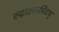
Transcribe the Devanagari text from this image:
रुद्राष्टकमिदम्